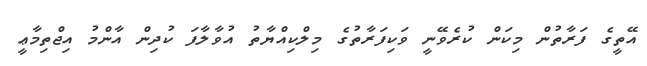
އޭތީގެ ފަރާތުން މިކަން ކުރެވޭނީ ވަކިފަރާތުގެ މިލްކިއްޔާތު އުވާލާފަ ކުދިން އާންމު އިޖްތިމާޢީ